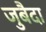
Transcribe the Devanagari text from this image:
जुबैदा